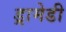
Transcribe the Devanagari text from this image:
ड्रामेडी